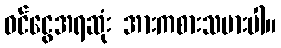
ဝင်ငွေအရဆုံး အားကစားသမားပါ။